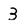
Character: 3